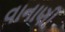
વાનાણી